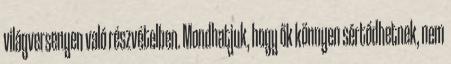
világversenyen való részvételben. Mondhatjuk, hogy ők könnyen sértődhetnek, nem